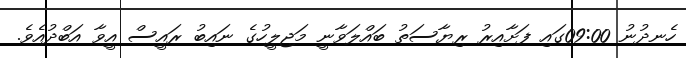
ހެނދުނު 09:00ގައި ފަށާއިރު ރިޔާސަތު ބައްލަވާނީ މަޖިލީހުގެ ނައިބު ރައީސް އީވާ އަބްދުއެވެ.